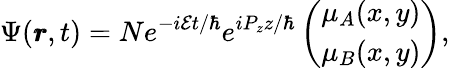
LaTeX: \Psi(\pmb{r},t)=Ne^{-i\mathcal{E}t/\hbar}e^{iP_{z}z/\hbar}\left(\begin{array}{c}{\mu_{A}(x,y)}\\ {\mu_{B}(x,y)}\end{array}\right),